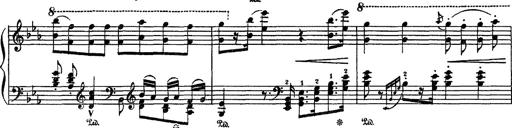
Title: Fantaisie sur des motifs favoris de l'opÃ©ra 'La sonnambula'
Composer: Franz Liszt